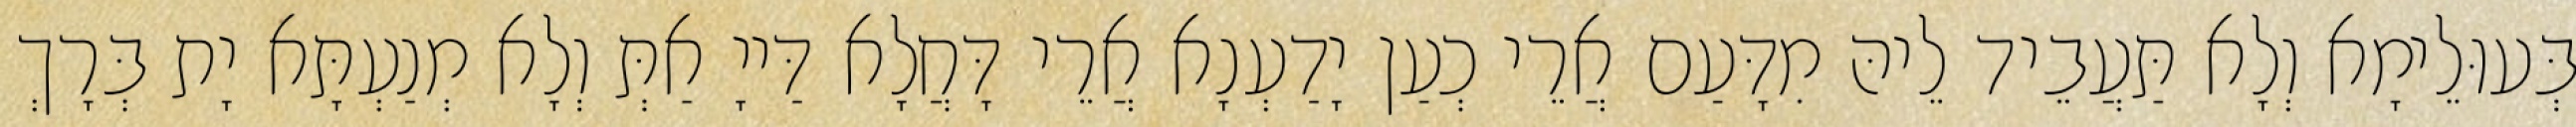
בְּעוּלֵימָא וְלָא תַּעֲבֵיד לֵיהּ מִדָּעַם אֲרֵי כְעַן יָדַעְנָא אֲרֵי דָּחֲלָא דַּייָ אַתְּ וְלָא מְנַעְתָּא יָת בְּרָךְ